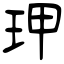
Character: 玾